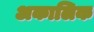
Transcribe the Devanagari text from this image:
अकालिक